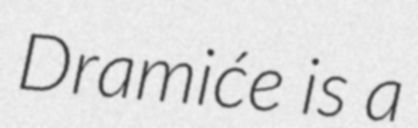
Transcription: Dramiće is a